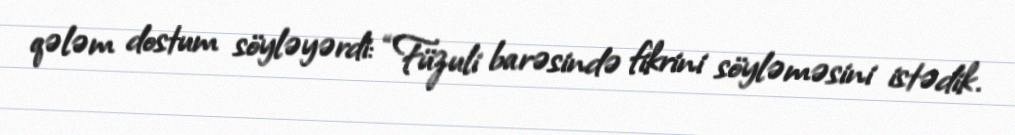
qələm dostum söyləyərdi: “Füzuli barəsində fikrini söyləməsini istədik.